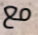
مع